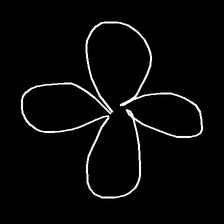
Glyph: billowing